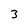
Character: 3